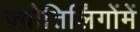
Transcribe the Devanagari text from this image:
ज्योतिर्लिंगोंमें